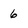
Character: 6